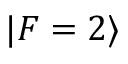
| F = 2 \rangle